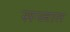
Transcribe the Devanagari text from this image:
सन्जात